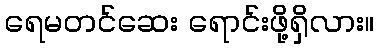
ရေမတင်ဆေး ရောင်းဖို့ရှိလား။